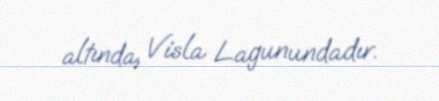
altında, Visla Lagunundadır.